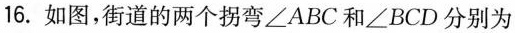
16.如图，街道的两个拐弯∠ABC和∠BCD分别为